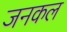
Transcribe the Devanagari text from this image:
जनकल